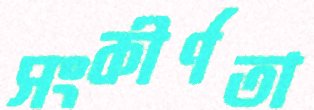
সংকীর্ণতা